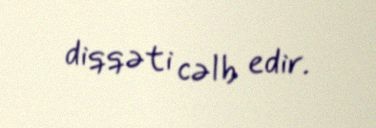
diqqəti cəlb edir.